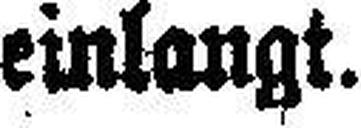
einlangt.